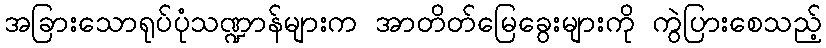
အခြားသောရုပ်ပုံသဏ္ဍာန်များက အာတိတ်မြေခွေးများကို ကွဲပြားစေသည့်